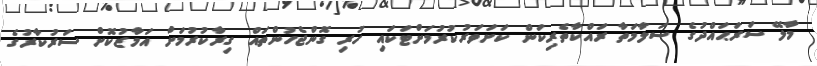
މާލޭ ސަރަޙައްދުގެ ސަލާމަތާ ރައްކާތެރިކަން ކަށަވަރުކުރުމަށްޓަކައި ހުރި ގޮންޖެހުންތައް ގިރާކުރުމަށް އަމާޒުކޮށް ސަރުކާރުގެ